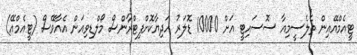
ޓީއެމްއޭއިން ތެލެސީމިއާ ސޮސައިޓީ އަށް 10000 ޑޮލަރު ހަދިޔާކޮށްފިޓްރާންސް މޯލްޑިވިއަން އެއާވޭސް (ޓީއެމްއޭ)